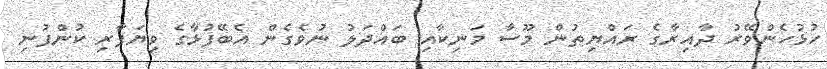
ހުޅުހެންވޭރު ދާއިރާގެ ރައްޔިތުން މޫސާ މަނިކާއި ބައްދަލު ނުވެގެން އެބޭފުޅާގެ ވިޔަފާރި ކުންފުނި